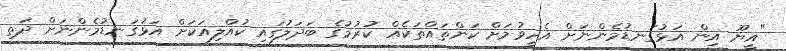
"އީޔޫ އިން އަޅުގަނޑުމެންނަށް އެހީވުމަށް ކަންތައްތަކެއް ކުރުމުގެ ބަދަލުގައި ކުއްލިއަކަށް އަޅުގަނޑުމެންނަށް ދަތި